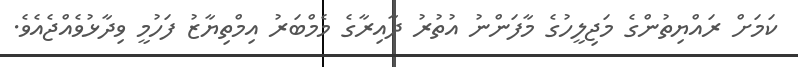
ކަމަށް ރައްޔިތުންގެ މަޖިލީހުގެ މާފަންނު އުތުރު ދާއިރާގެ މެމްބަރު އިމްތިޔާޒު ފަހުމީ ވިދާޅުވެއްޖެއެވެ.